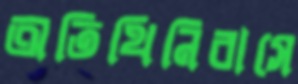
অতিথিনিবাসে